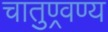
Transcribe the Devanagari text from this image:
चातुण्र्वण्य